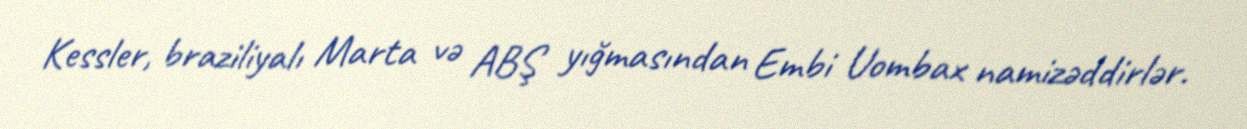
Kessler, braziliyalı Marta və ABŞ yığmasından Embi Uombax namizəddirlər.